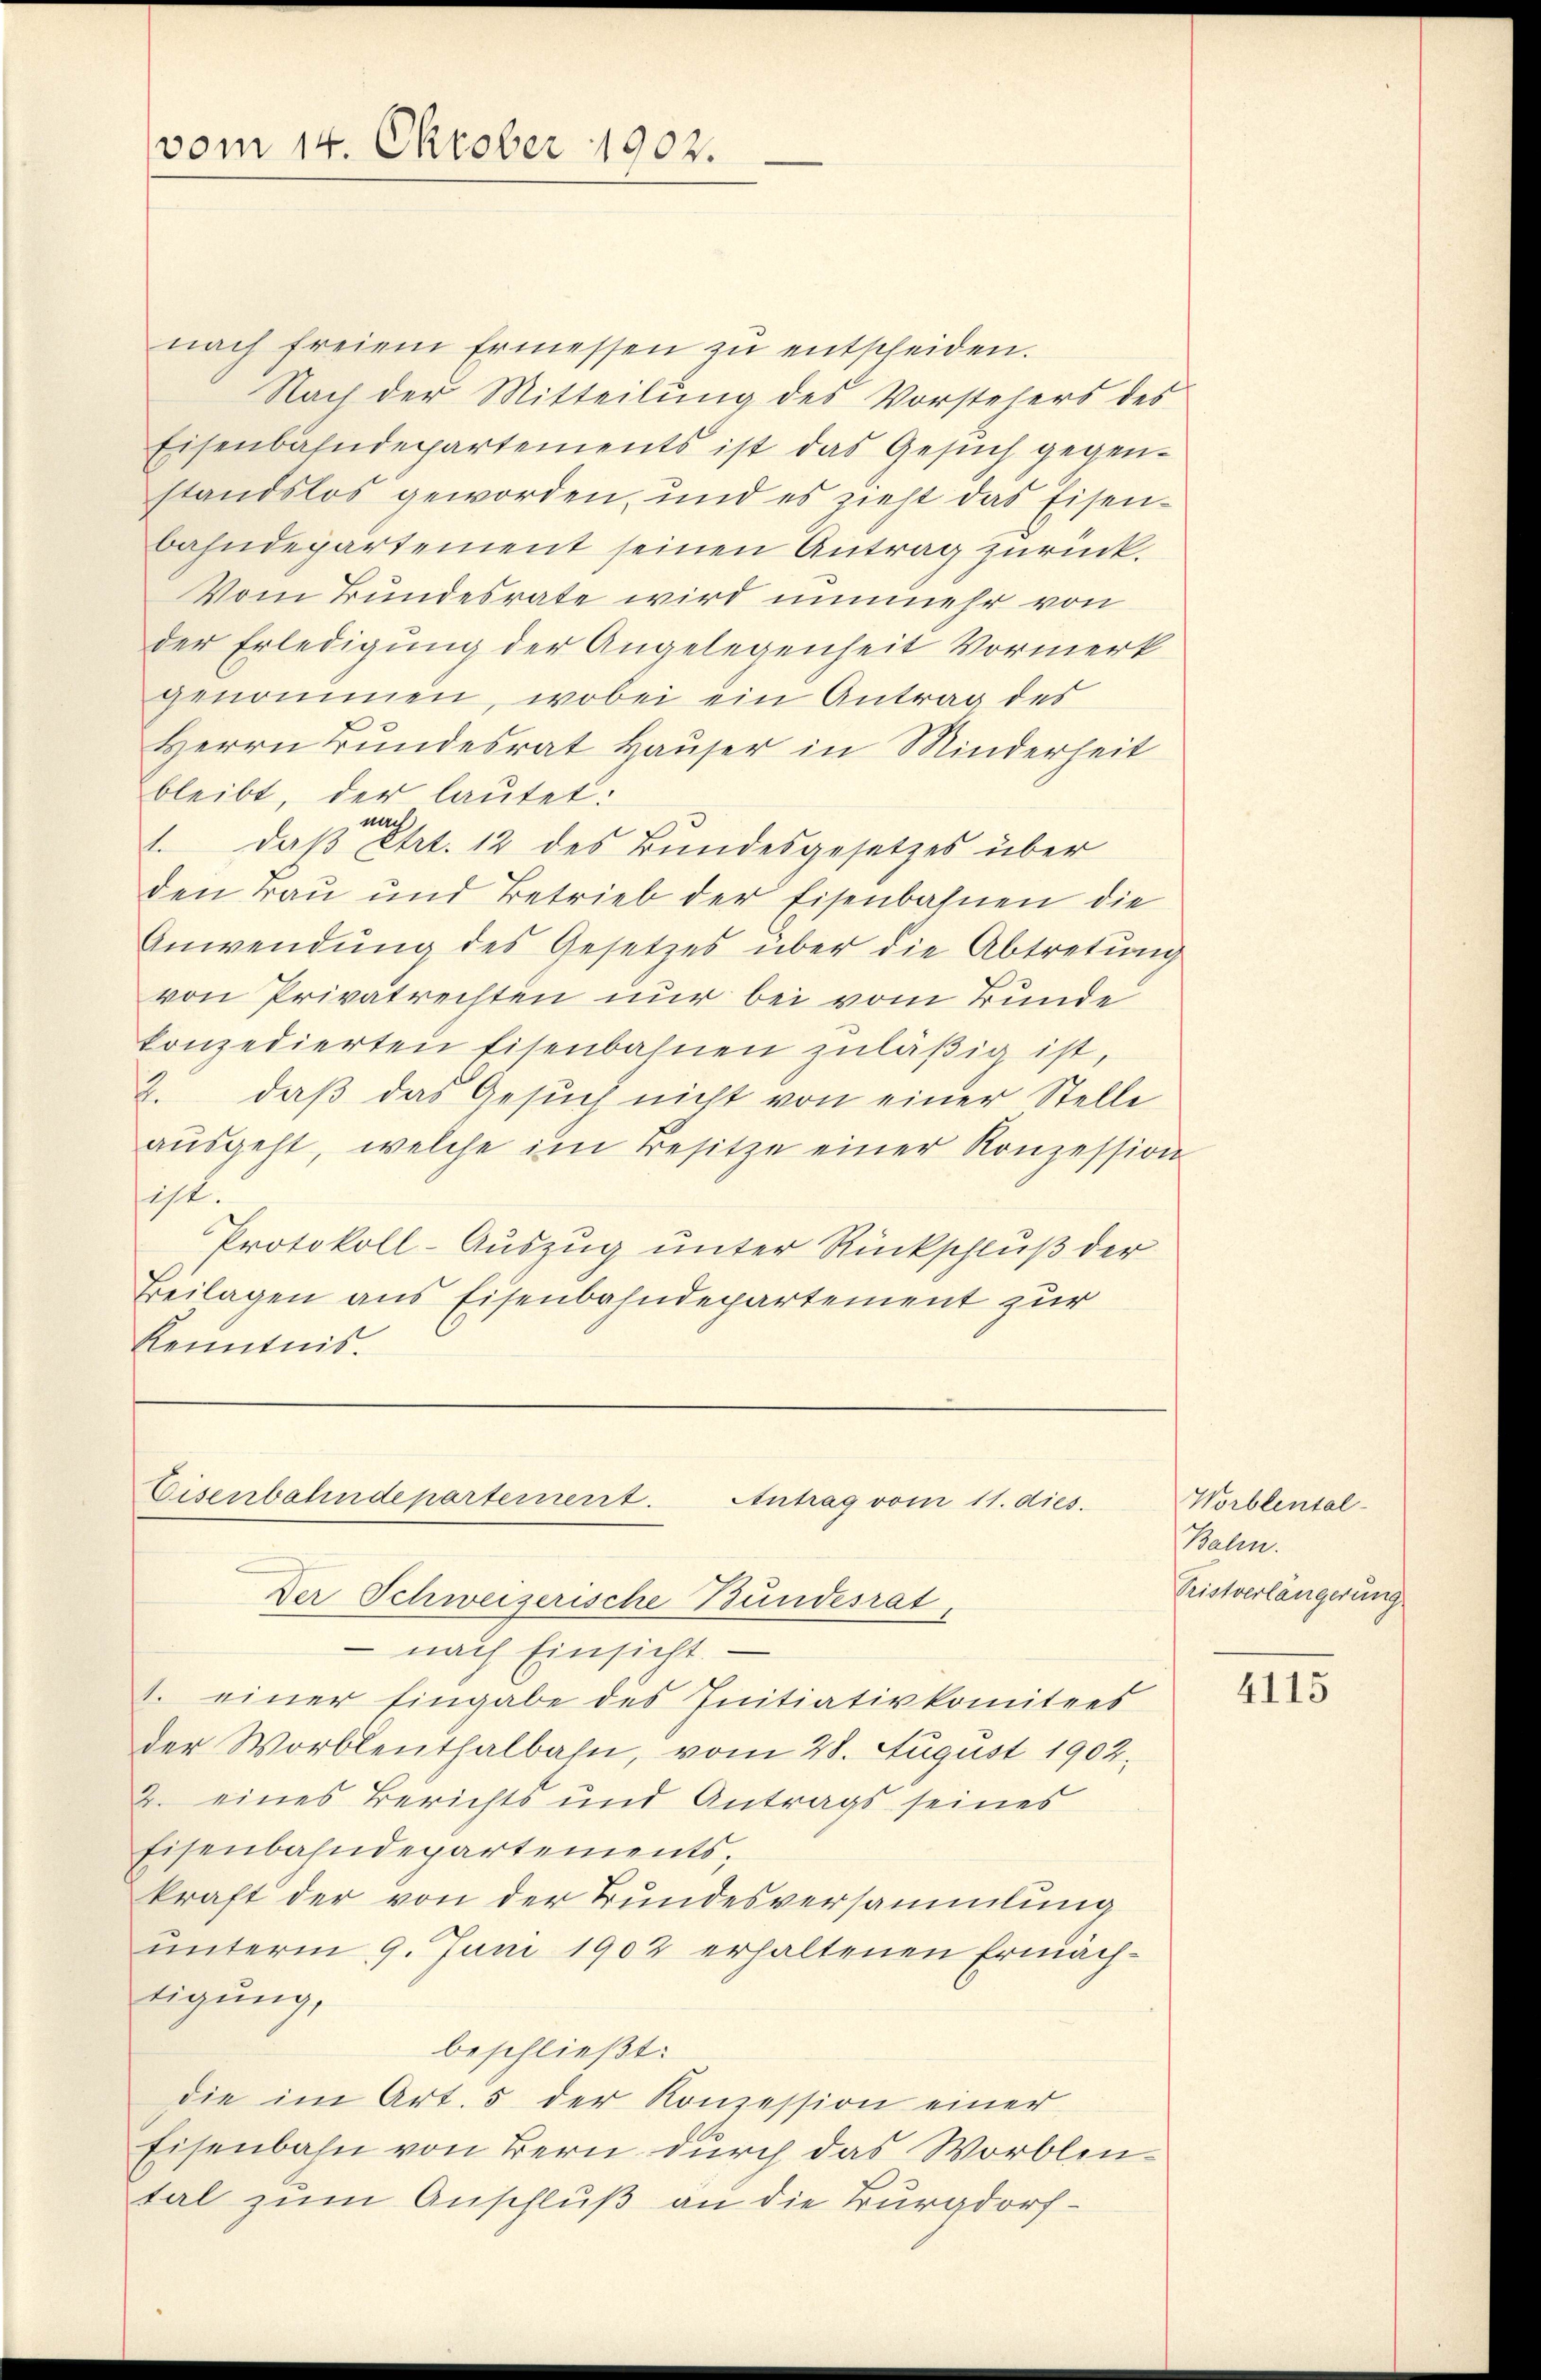
vom 14. Oktober 1902.

nach freiem Ermessen zŭ entscheiden.
Nach der Mitteilung des Vorstehers des
Eisenbahndepartements ist das Gesŭch gegen-
standslos geworden, und es zieht das Eisen-
bahndepartement seinen Antrag zurück.
Vom Bundesrate wird nunmehr von
der Erledigung der Angelegenheit Vormerk
genommen, wobei ein Antrag des
Herrn Bundesrat Hauser in Minderheit
bleibt, der lautet:
nach
1. daβ Art. 12 des Bundesgesetzes über
den rau und Betrieb der Eisenbahnen die
Anwendung des Gesetzes über die Abtretung
von Privatrechten nur bei vom Bunde
konzedierten Eisenbahnen zŭläβig ist,
2. daß das Gesuch nicht von einer Stelle
aŭsgeht, welche im Besitze einer Konzession
ist.
Protokoll-Auszug unter Rückschluß der
Beilagen aus Eisenbahndepartement zur
Kenntnis.

Eisenbahndepartement.
Antrag vom 11. dies.
Der Schweizerische Bundesrat,

nach Einsicht
1. einer Eingabe des Initiativkomitees
der Worblenthalbahn, vom 28. August 1902.
2. eines Berichts und Antrags seines
Eisenbahndepartements,
kraft der von der Bundesversammlung
unterm 9. Juni 1902 erhaltenen Ermächtigung,
beschließt:
die im Art. 5 der Konzession einer
Eisenbahn von Bern durch das Worblental zum Anschluß an die Burgdorf¬

Worblental-
Balen.
Pristverlängerung

4115